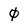
Character: 0